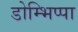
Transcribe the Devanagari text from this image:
डोम्भिप्पा